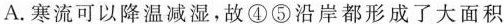
A.寒流可以降温减湿，故④⑤沿岸都形成了大面积